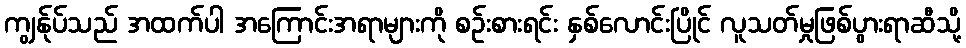
ကျွန်ုပ်သည် အထက်ပါ အကြောင်းအရာများကို စဉ်းစားရင်း နှစ်လောင်းပြိုင် လူသတ်မှုဖြစ်ပွားရာဆီသို့